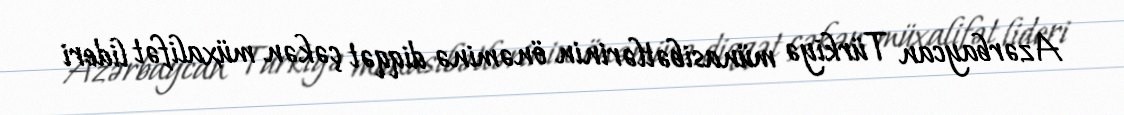
Azərbaycan Türkiyə münasibətlərinin önəminə diqqət çəkən müxalifət lideri